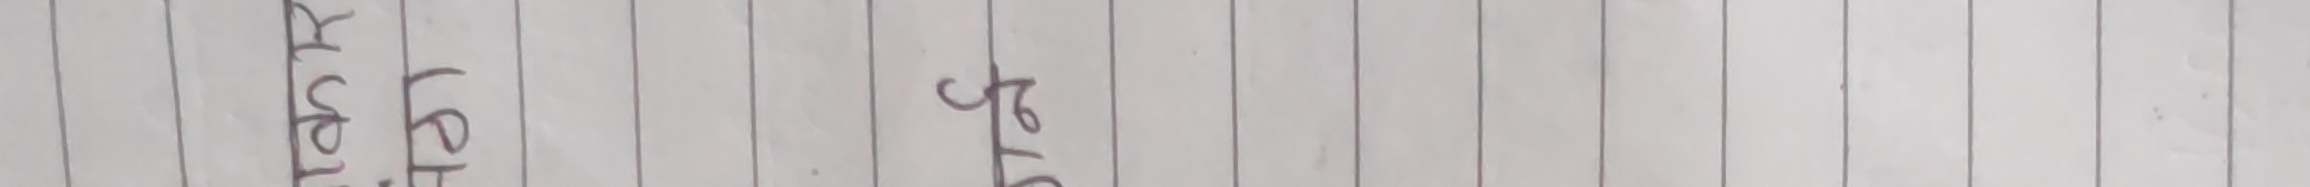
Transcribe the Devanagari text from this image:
बुलेट सुटुक्क